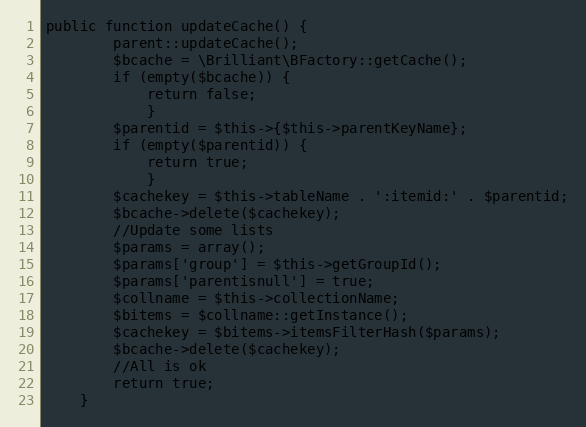
Language: PHP
public function updateCache() {
		parent::updateCache();
		$bcache = \Brilliant\BFactory::getCache();
		if (empty($bcache)) {
			return false;
			}
		$parentid = $this->{$this->parentKeyName};
		if (empty($parentid)) {
			return true;
			}
		$cachekey = $this->tableName . ':itemid:' . $parentid;
		$bcache->delete($cachekey);
		//Update some lists
		$params = array();
		$params['group'] = $this->getGroupId();
		$params['parentisnull'] = true;
		$collname = $this->collectionName;
		$bitems = $collname::getInstance();
		$cachekey = $bitems->itemsFilterHash($params);
		$bcache->delete($cachekey);
		//All is ok
		return true;
	}